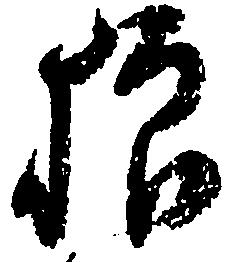
狼